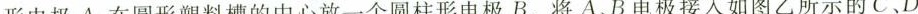
形电极A，在圆形塑料槽的中心放一个圆柱形电极B。将A B电极接入如图乙所示的C.D